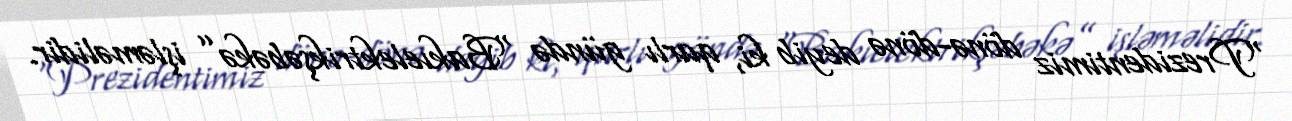
“Prezidentimiz dönə-dönə deyib ki, qarlı gündə “Bakıelektrikşəbəkə” işləməlidir.